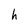
Character: h